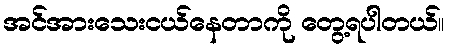
အင်အားသေးငယ်နေတာကို တွေ့ရပါတယ်။